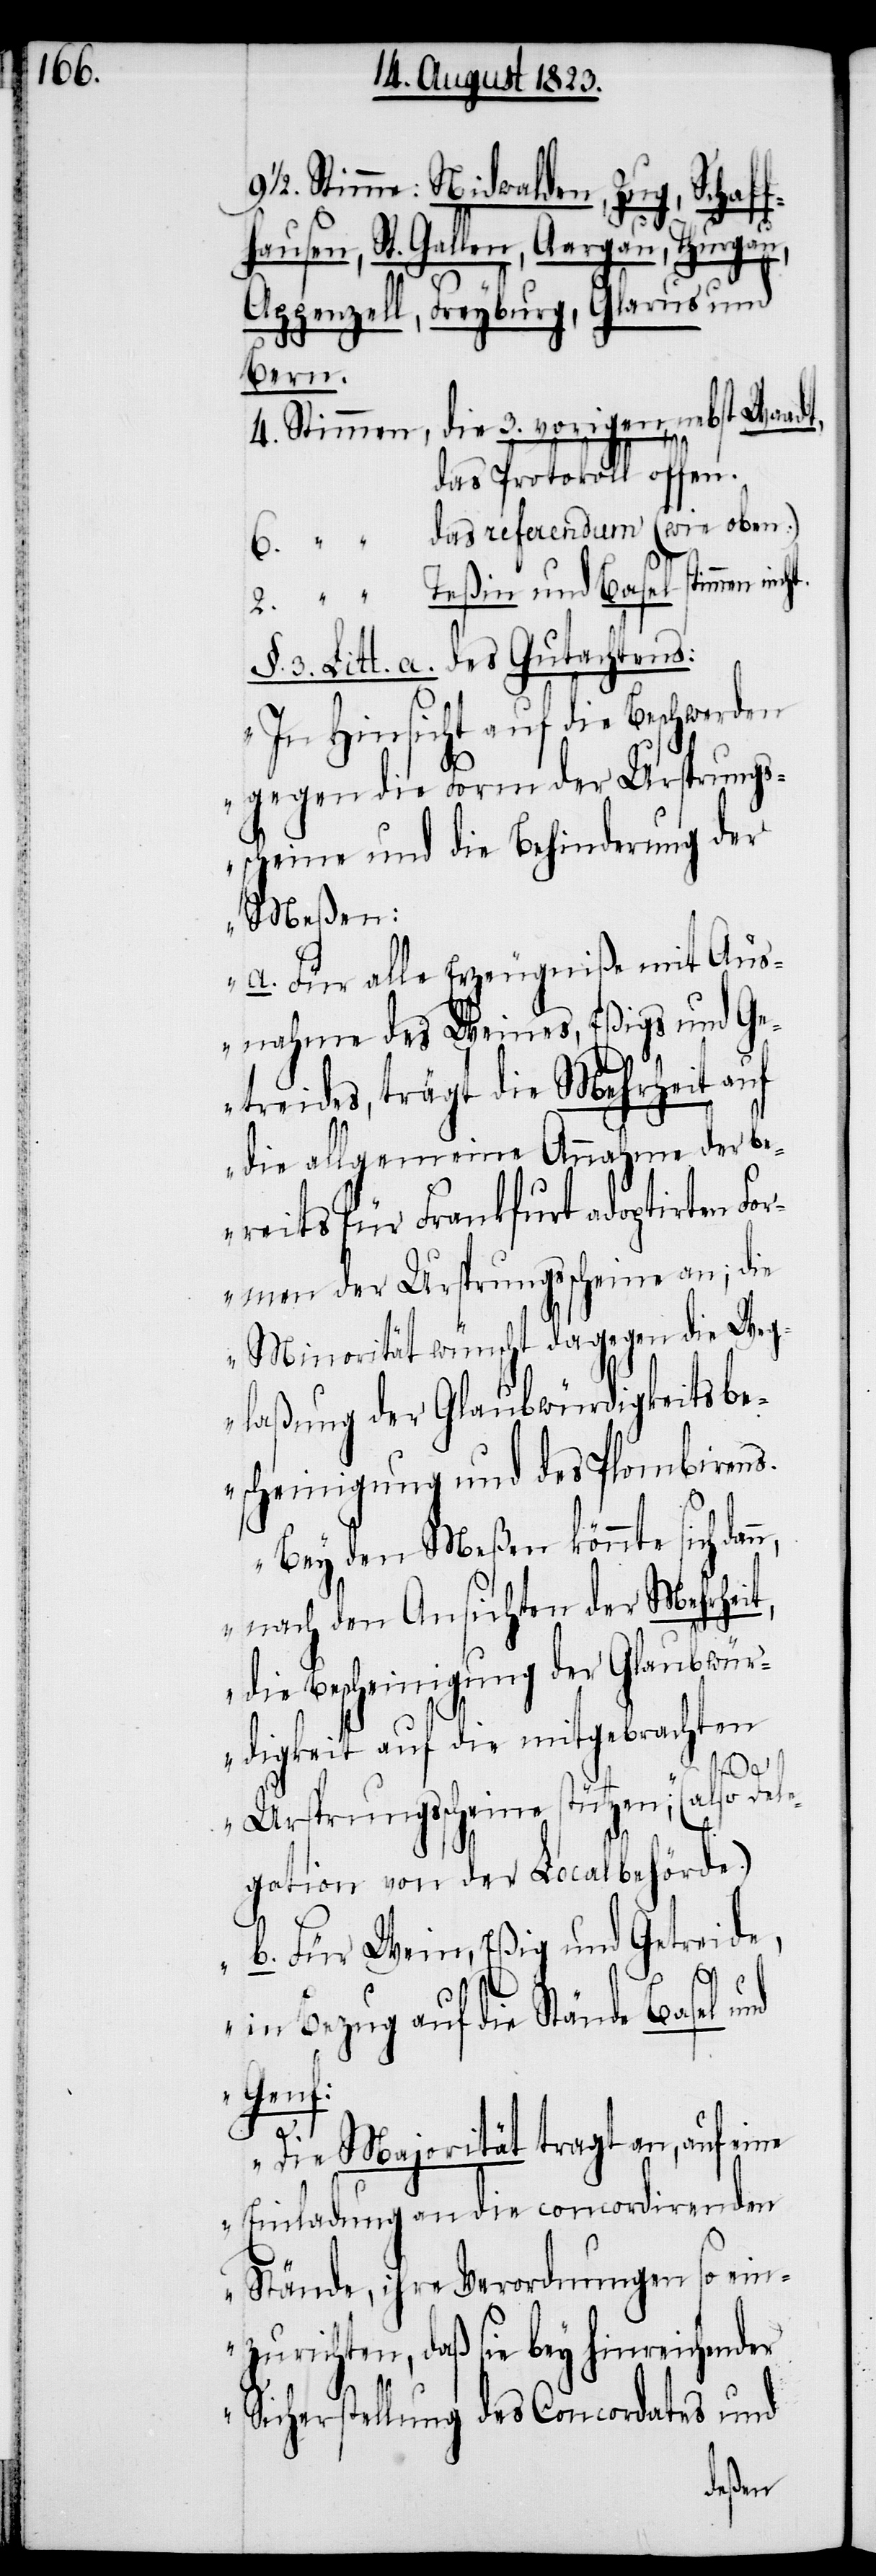
9 ½.: Nidwalden, Zug, Schaff¬
hausen, St. Gallen, Aargau, Thurgau,
Appenzell, Freyburg, Glarus und
Bern.
4. Stimmen, die 3. vorigen, nebst Waadt,
das Protokoll offen.
6. „ das referendum (wie oben.)
2. „ Teßin und Basel stimmen nicht.
§. 3. Litt. a. des Gutachtens:
„In Hinsicht auf die Beschwerden
gegen die Form der Ursprungs¬
scheine und die Behinderung der
Meßen:
a. Für alle Erzeugniße mit Aus¬
nahme des Weines, Eßigs und Ge¬
treides, trägt die Mehrheit auf
die allgemeine Annahme der be¬
reits für Frankfurt adoptirten Fo¬
rmen der Ursprungsscheine an; die
Minorität wünscht dagegen die Weg¬
laßung der Glaubwürdigkeitsbe¬
scheinigung und des Plombirens.
Bey den Meßen könnte sich dan¬
n, nach den Ansichten der Mehrheit,
die Bescheinigung der Glaubwür¬
digkeit auf die mitgebrachten
Ursprungsscheine stützen“; (also Dele¬
gation von der Localbehörde.)
b. Für Wein, Eßig und Getreide,
in Bezug auf die Stände Basel
Genf:
Die Majorität tragt an, auf eine
Einladung an die concordirenden
Stände, ihre Verordnungen so ein¬
zurichten, daß sie bey hinreichender
Sicherstellung des Concordates und